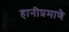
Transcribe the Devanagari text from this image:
हानीप्रमाणे